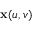
\mathbf { x } ( u , v )